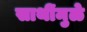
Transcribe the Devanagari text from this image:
साथींमुळे